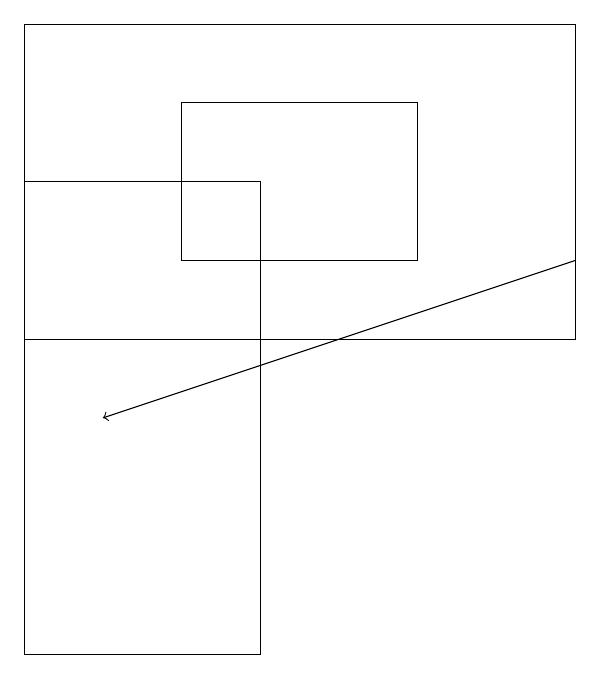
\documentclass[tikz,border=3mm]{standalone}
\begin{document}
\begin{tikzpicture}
\draw (5,15) rectangle (2,17);
\draw (0,10) rectangle (3,16);
\draw (7,18) rectangle (0,14);
\draw[->] (7,15) -- (1,13);
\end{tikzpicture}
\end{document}